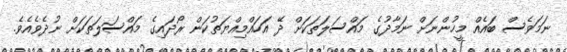
ނަމަވެސް ބައެއް މީހުންނަށް ނަމާދުގެ މައްސަލަތަކަށް ދޭ އަހައްމިއްޔަތުކަން ރޯދައިގެ މައްސަލަތަކަށް ނުދެވެއެވެ.